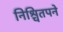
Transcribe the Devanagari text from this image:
निश्चितपने